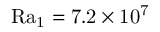
\mathrm { { R a } _ { 1 } = 7 . 2 \times 1 0 ^ { 7 } }